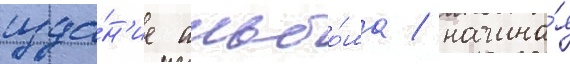
изда́н'ие альбо́ма / начина́я